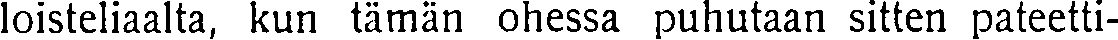
loisteliaalta, kun tämän ohessa puhutaan sitten pateetti-